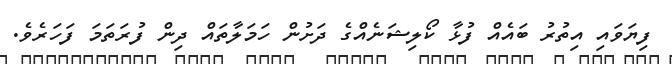
ފިޔަވައި އިތުރު ބައެއް ފުޅާ ކޯލިޝަނެއްގެ ދަށުން ހަމަލާތައް ދިން ފުރަތަމަ ފަހަރެވެ.